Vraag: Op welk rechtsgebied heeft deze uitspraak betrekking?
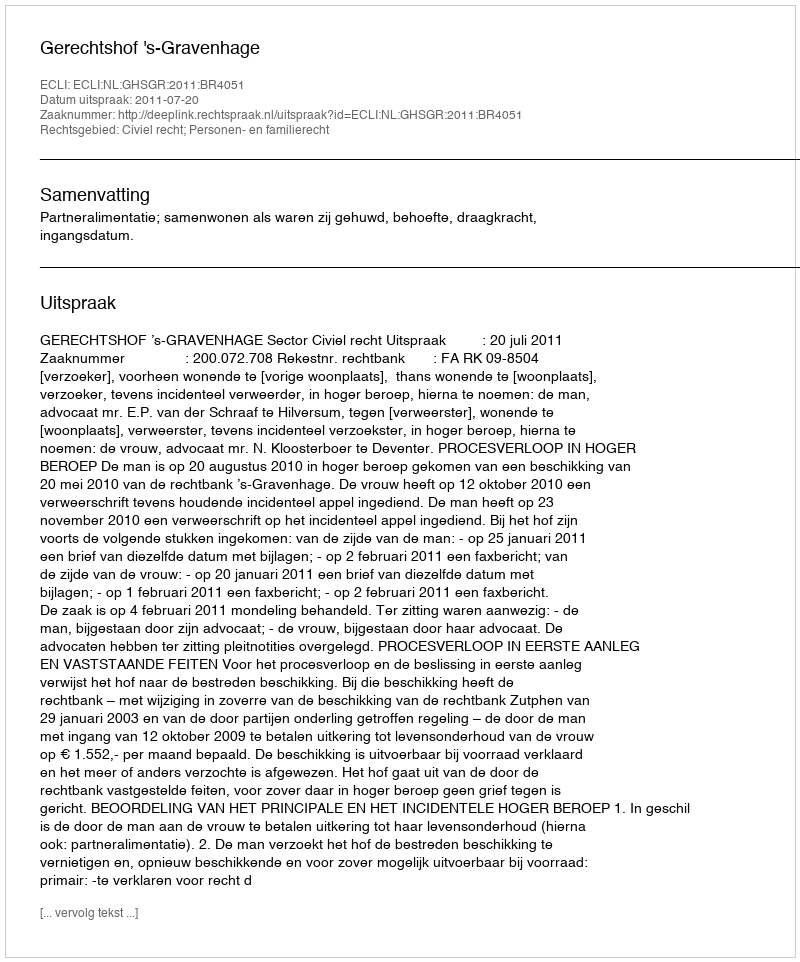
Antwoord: Civiel recht; Personen- en familierecht